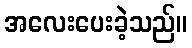
အလေးပေးခဲ့သည်။